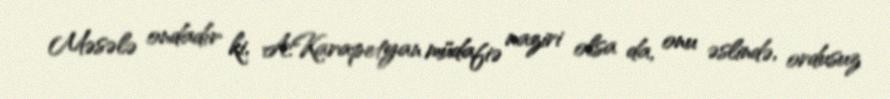
Məsələ ondadır ki, A.Karapetyan müdafiə naziri olsa da, onu əslində, ordusuz